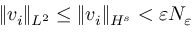
\| v _ { i } \| _ { L ^ { 2 } } \leq \| v _ { i } \| _ { H ^ { s } } < \varepsilon N _ { \varepsilon }